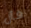
فأل